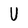
Character: V